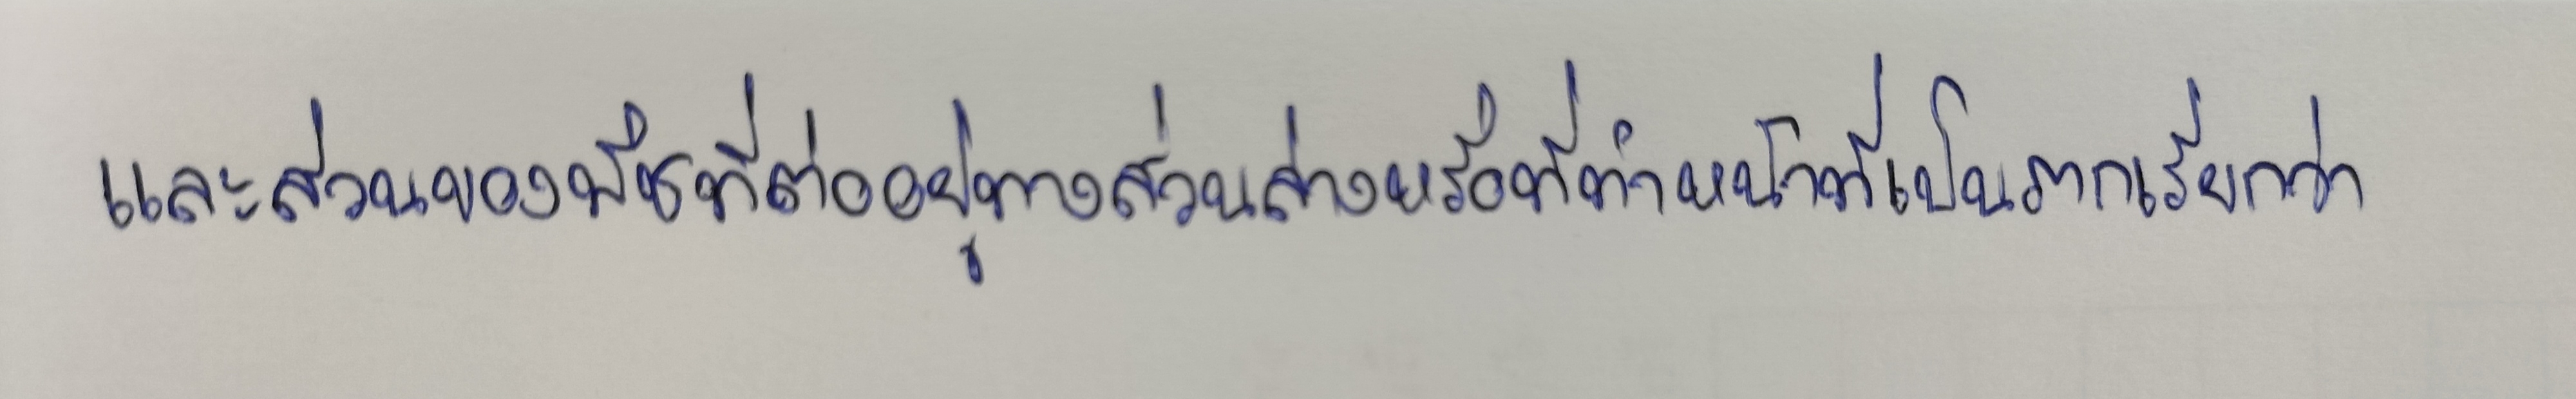
และส่วนของพืชที่ต่ออยู่ทางส่วนล่างหรือที่ทำหน้าที่เป็นรากเรียกว่า